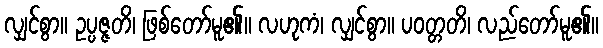
လျှင်စွာ။ ဥပ္ပဇ္ဇတိ၊ ဖြစ်တော်မူ၏။ လဟုကံ၊ လျှင်စွာ။ ပဝတ္တတိ၊ လည်တော်မူ၏။